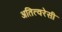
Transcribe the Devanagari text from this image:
अतित्वरेसी